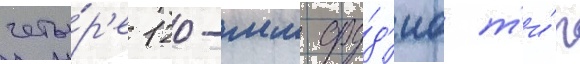
четы́р'е 120-мм ору́д'иа т'и́п